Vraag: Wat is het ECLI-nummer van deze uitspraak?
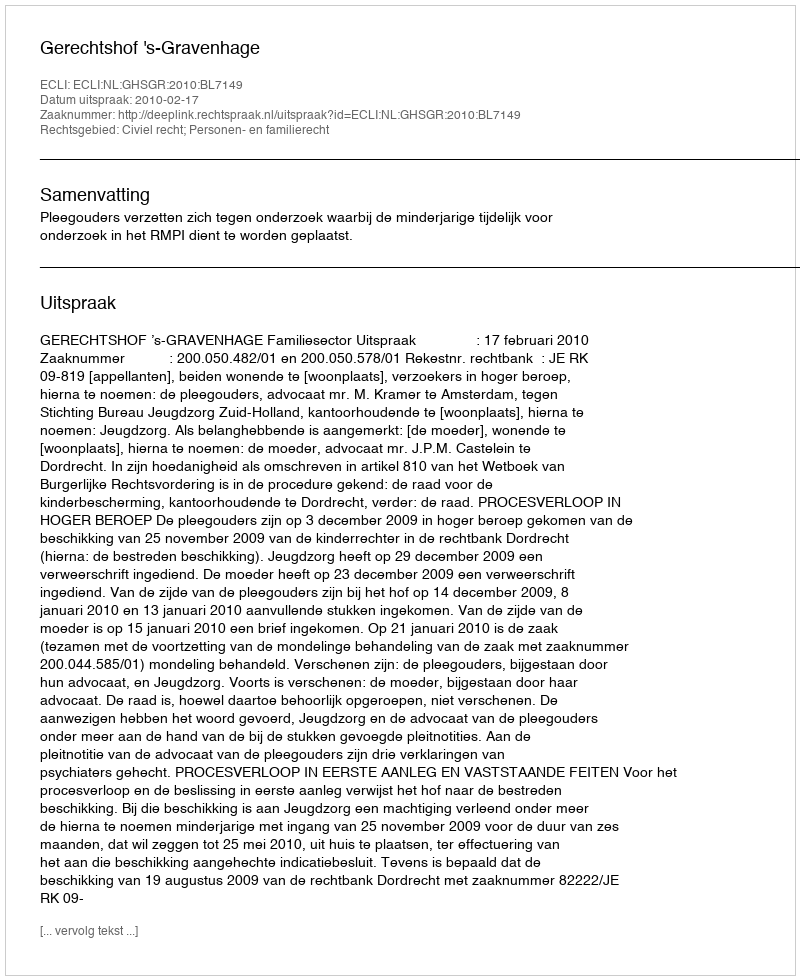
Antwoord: ECLI:NL:GHSGR:2010:BL7149